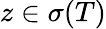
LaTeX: z\in\sigma(T)